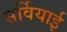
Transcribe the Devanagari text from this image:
सर्वियाई